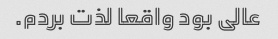
عالی بود واقعا لذت بردم.